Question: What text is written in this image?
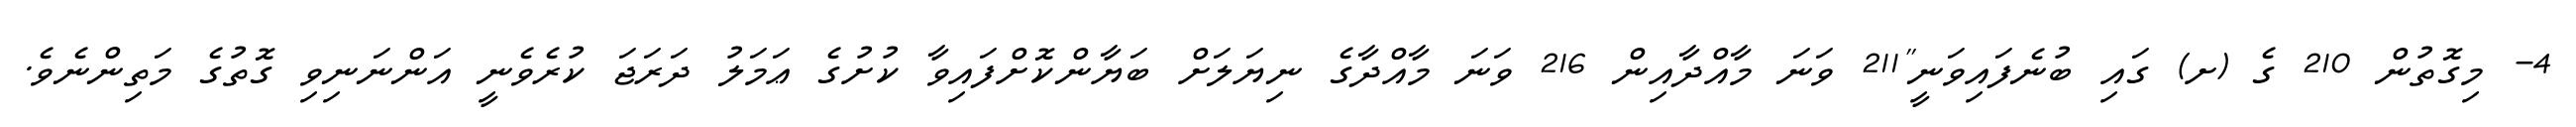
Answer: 4- މިގޮތުން 210 ގެ (ށ) ގައި ބުނެފައިވަނީ"211 ވަނަ މާއްދާއިން 216 ވަނަ މާއްދާގެ ނިޔަލަށް ބަޔާންކޮށްފައިވާ ކުށުގެ ޢަމަލު ދަރަޖަ ކުރެވެނީ އަންނަނިވި ގޮތުގެ މަތިންނެވެ.